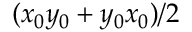
( x _ { 0 } y _ { 0 } + y _ { 0 } x _ { 0 } ) / 2